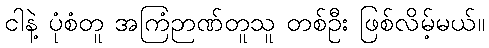
ငါနဲ့ ပုံစံတူ အကြံဉာဏ်တူသူ တစ်ဦး ဖြစ်လိမ့်မယ်။